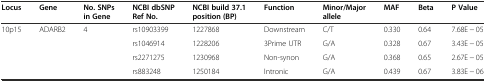
<table><thead><tr><td><b>Locus</b></td><td><b>Gene</b></td><td><b>No. SNPs in Gene</b></td><td><b>NCBI dbSNP Ref No.</b></td><td><b>NCBI build 37.1 position (BP)</b></td><td><b>Function</b></td><td><b>Minor/Major allele</b></td><td><b>MAF</b></td><td><b>Beta</b></td><td><b>P Value</b></td></tr></thead><tbody><tr><td>10p15</td><td>ADARB2</td><td>4</td><td>rs10903399</td><td>1227868</td><td>Downstream</td><td>C/T</td><td>0.330</td><td>0.64</td><td>7.68E − 05</td></tr><tr><td></td><td></td><td></td><td>rs1046914</td><td>1228206</td><td>3Prime UTR</td><td>G/A</td><td>0.328</td><td>0.67</td><td>3.43E − 05</td></tr><tr><td></td><td></td><td></td><td>rs2271275</td><td>1230968</td><td>Non-synon</td><td>G/A</td><td>0.368</td><td>0.65</td><td>2.67E − 05</td></tr><tr><td></td><td></td><td></td><td>rs883248</td><td>1250184</td><td>Intronic</td><td>G/A</td><td>0.439</td><td>0.67</td><td>3.83E − 06</td></tr></tbody></table>